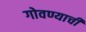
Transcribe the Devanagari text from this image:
गोवण्याची